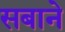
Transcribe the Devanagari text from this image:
सबाने